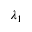
\lambda _ { 1 }